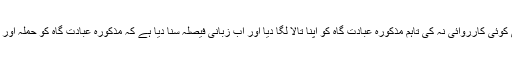
انتظامیہ نے اس ہجوم کے خلاف کسی قسم کی کوئی کارروائی نہ کی تاہم مذکورہ عبادت گاہ کو اپنا تالا لگا دیا اور اب زبانی فیصلہ سنا دیا ہے کہ مذکورہ عبادت گاہ کو حملہ آور ہجوم کے منتظمین کے حوالے کیا جا رہا ہے۔